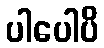
ပါပေါပိ